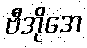
ဗီအိုအေ